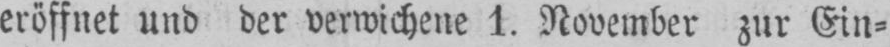
eröffnet und der verwichene 1. November zur Ein⸗